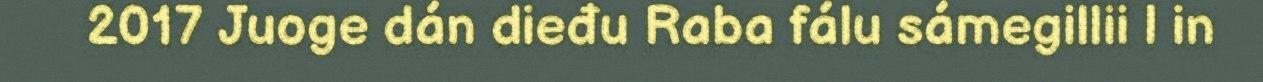
2017 Juoge dán dieđu Raba fálu sámegillii | in